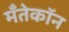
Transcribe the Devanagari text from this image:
मँतेकॉन